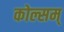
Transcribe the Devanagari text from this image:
कोल्सम्‌